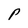
Character: P